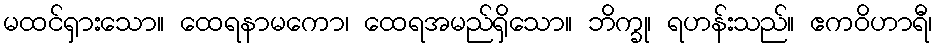
မထင်ရှားသော။ ထေရနာမကော၊ ထေရအမည်ရှိသော။ ဘိက္ခု၊ ရဟန်းသည်။ ဧကဝိဟာရီ၊